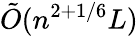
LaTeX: {\tilde{O}}(n^{2+1/6}L)